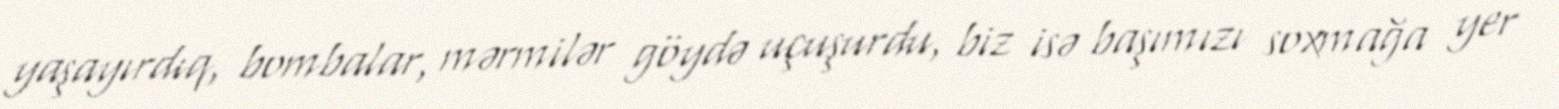
yaşayırdıq, bombalar, mərmilər göydə uçuşurdu, biz isə başımızı soxmağa yer